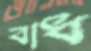
বাধ